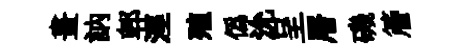
畫訥郫涇殖偽沇呈層磯簷